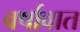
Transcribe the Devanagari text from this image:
वर्षावात